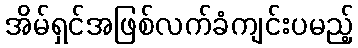
အိမ်ရှင်အဖြစ်လက်ခံကျင်းပမည့်